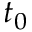
t _ { 0 }